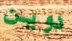
دوين